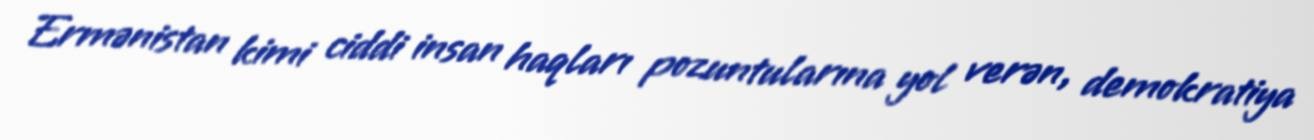
Ermənistan kimi ciddi insan haqları pozuntularına yol verən, demokratiya